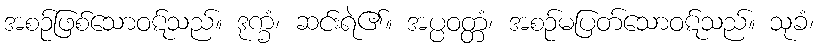
အစဉ်ဖြစ်သောဝဋ်သည်။ ဒုက္ခံ၊ ဆင်းရဲ၏။ အပ္ပဝတ္တံ၊ အစဉ်မပြတ်သောဝဋ်သည်။ သုခံ၊